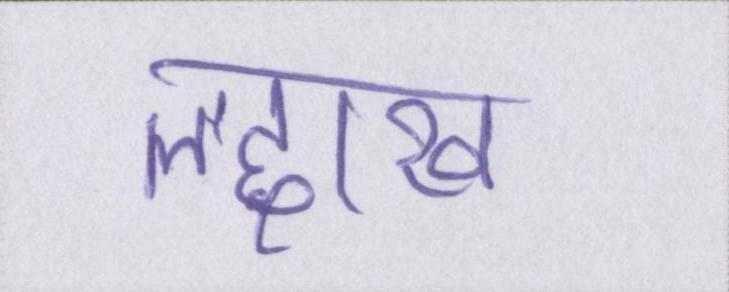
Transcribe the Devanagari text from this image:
लद्दाख